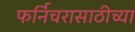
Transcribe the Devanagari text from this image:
फर्निचरासाठीच्या